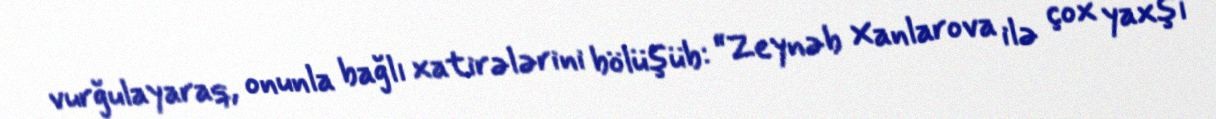
vurğulayaraq, onunla bağlı xatirələrini bölüşüb: “Zeynəb Xanlarova ilə çox yaxşı